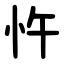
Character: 忤